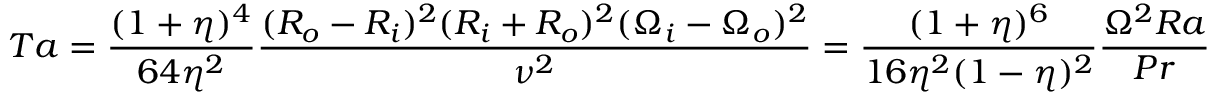
T a = \frac { ( 1 + \eta ) ^ { 4 } } { 6 4 \eta ^ { 2 } } \frac { ( R _ { o } - R _ { i } ) ^ { 2 } ( R _ { i } + R _ { o } ) ^ { 2 } ( \Omega _ { i } - \Omega _ { o } ) ^ { 2 } } { \nu ^ { 2 } } = \frac { ( 1 + \eta ) ^ { 6 } } { 1 6 \eta ^ { 2 } ( 1 - \eta ) ^ { 2 } } \frac { \Omega ^ { 2 } R a } { P r } .